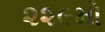
૨૨૯મો